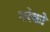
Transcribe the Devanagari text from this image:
गरेको